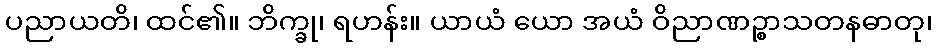
ပညာယတိ၊ ထင်၏။ ဘိက္ခု၊ ရဟန်း။ ယာယံ ယော အယံ ဝိညာဏဉ္စာသတနဓာတု၊